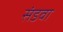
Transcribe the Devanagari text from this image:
संडवा